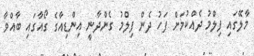
މާލޭގައި ފިލްމު ދެއްކުމަށް ފަހު ދެން ފިލްމު ގެންދާނީ އިންޑިއާގެ ގޯއާގައި ބާއްވާ